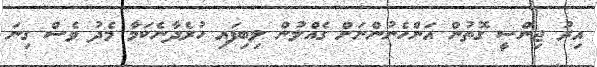
އިރު ޖިންސީ ގޮތުން އަންހެނުންނަށް ގެއްލުން ލިބިފައި ހުރެދާނެކަމާ މެދު ވެސް ގިނަ